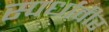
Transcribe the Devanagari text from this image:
स्पर्धावीर